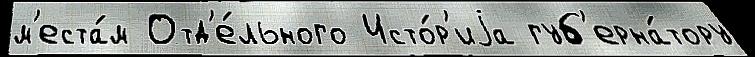
м'еста́м Отд'е́льного Исто́р'иjа губ'ерна́тору